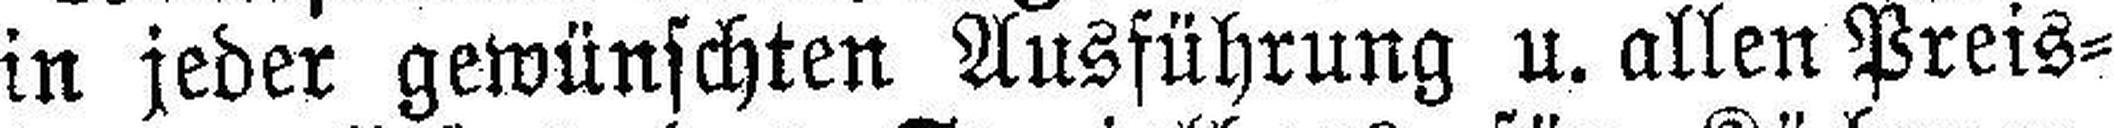
in jeder gewünschten Ausführung u. allen Preis¬